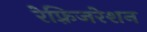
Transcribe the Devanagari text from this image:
रेफ़्रिजरेशन